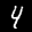
Label: 4